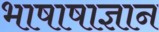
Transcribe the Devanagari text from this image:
भाषाषाज्ञान